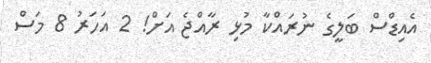
އެއިޑްސް ބަލީގެ ނުރައްކާ މުޅި ރާއްޖެ އަށް! 2 އަހަރު 8 މަސް